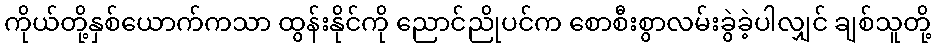
ကိုယ်တို့နှစ်ယောက်ကသာ ထွန်းနိုင်ကို ညောင်ညိုပင်က စောစီးစွာလမ်းခွဲခဲ့ပါလျှင် ချစ်သူတို့